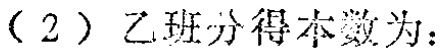
（2）乙班分得本数为：